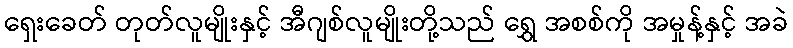
ရှေးခေတ် တုတ်လူမျိုးနှင့် အီဂျစ်လူမျိုးတို့သည် ရွှေ အစစ်ကို အမှုန့်နှင့် အခဲ